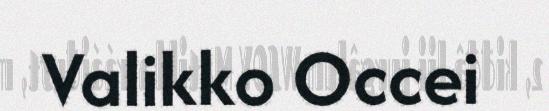
Valikko Occei